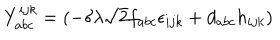
LaTeX: Y _ { a b c } ^ { i j k } = ( - \delta \lambda \sqrt { 2 } f _ { a b c } \epsilon _ { i j k } + d _ { a b c } h _ { i j k } )